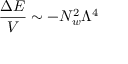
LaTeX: \frac { \Delta E } { V } \sim - N _ { w } ^ { 2 } \Lambda ^ { 4 }